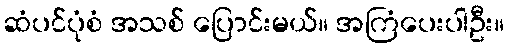
ဆံပင်ပုံစံ အသစ် ပြောင်းမယ်။ အကြံပေးပါဦး။